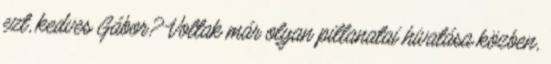
ezt, kedves Gábor? Voltak már olyan pillanatai hivatása közben,